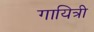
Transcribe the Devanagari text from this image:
गायित्री